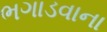
ભગાડવાના